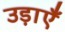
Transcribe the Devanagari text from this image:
उड़ाएँ